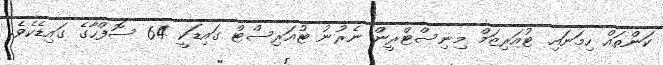
ކަންތައް ހިމަނައި ޓުއަރިޒަމް މިނިސްޓްރީން ނެރުނު ޓުއަރިސްޓް ގައިޑަކީ 64 ސޮފްހާގެ ގައިޑެކެވެ.